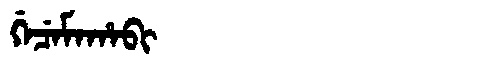
Manchu: ᡤᡝᠴᡝᠮᠠᡥᠠᠪᡳ
Romanization: GECEMAHABI